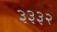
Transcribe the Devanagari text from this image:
३३३२